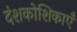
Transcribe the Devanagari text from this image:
दंशकोशिकाएँ